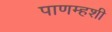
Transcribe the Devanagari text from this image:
पाणम्हशी